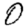
Digit: 0